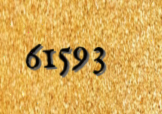
61593